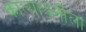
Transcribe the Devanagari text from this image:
कात्यायनीला